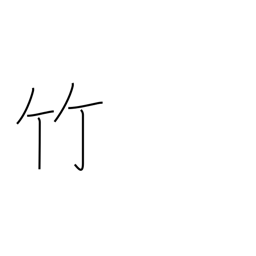
Meaning: bamboo